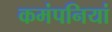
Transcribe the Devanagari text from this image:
कमंपनियां